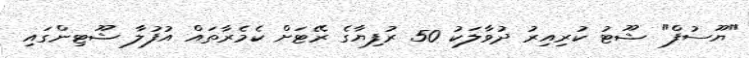
"ޔޫސުފް" ޝޫޓު ކުރިއިރު ދުވާލަކު 50 ރުފިޔާގެ ރޭޓަށް ކެމެރާތައް އުފުލާ ޝޫޓިންގައި